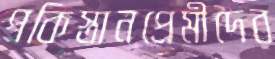
পকিস্তানপ্রেমীদের